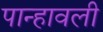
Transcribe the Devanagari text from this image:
पान्हावली